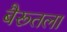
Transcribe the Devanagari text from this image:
बैरूतला